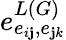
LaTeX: e_{e_{i\mathbf{j}},e_{\mathbf{j}k}}^{L(G)}